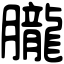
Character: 朧